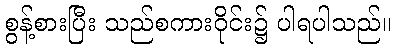
စွန့်စားပြီး သည်စကားဝိုင်း၌ ပါရပါသည်။